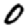
Digit: 0